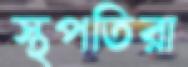
স্থপতিরা